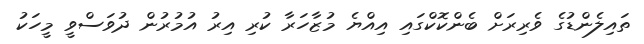
ތައިލެންޑުގެ ވެރިރަށް ބެންކޮކްގައި އިއްޔެ މުޒާހަރާ ކުރި އިރު އުމުރުން ދުވަސްވީ މީހަކު